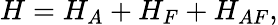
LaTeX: H=H_{A}+H_{F}+H_{AF},